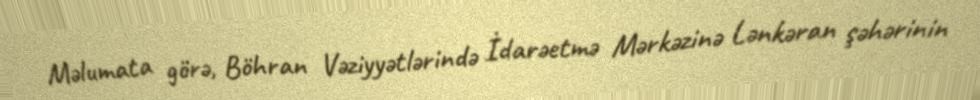
Məlumata görə, Böhran Vəziyyətlərində İdarəetmə Mərkəzinə Lənkəran şəhərinin